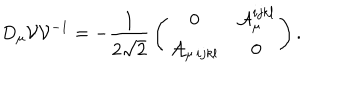
D _ { \mu } { \cal V } { \cal V } ^ { - 1 } = - { \frac { 1 } { 2 \sqrt 2 } } \left( \begin{matrix} { { 0 } } & { { { \cal A } _ { \mu } ^ { i j k l } } } \\ { { { \cal A } _ { \mu \, i j k l } } } & { { 0 } } \\ \end{matrix} \right) .